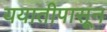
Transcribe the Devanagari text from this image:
ययातीपासून